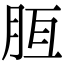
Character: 𦚹